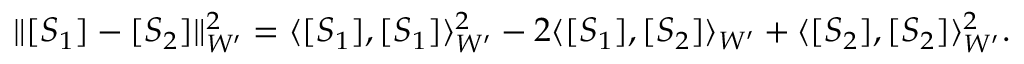
\lVert [ S _ { 1 } ] - [ S _ { 2 } ] \rVert _ { W ^ { \prime } } ^ { 2 } = \langle [ S _ { 1 } ] , [ S _ { 1 } ] \rangle _ { W ^ { \prime } } ^ { 2 } - 2 \langle [ S _ { 1 } ] , [ S _ { 2 } ] \rangle _ { W ^ { \prime } } + \langle [ S _ { 2 } ] , [ S _ { 2 } ] \rangle _ { W ^ { \prime } } ^ { 2 } .